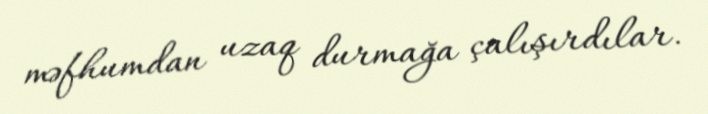
məfhumdan uzaq durmağa çalışırdılar.